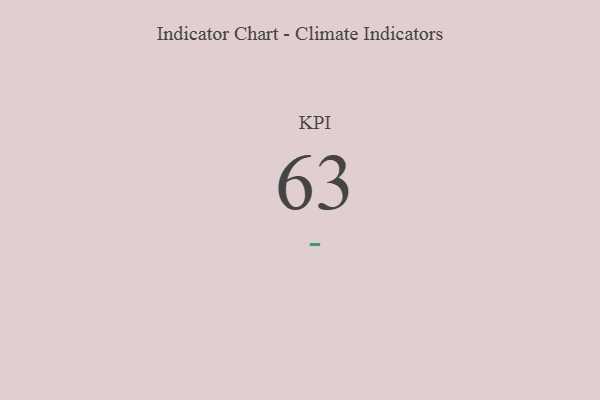
{"axis": {"x": "KPI", "y": "Value"}, "legend": [""], "data": [{"x": "KPI", "y": 63, "type": ""}]}